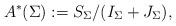
LaTeX: \begin{align*}A^*(\Sigma):=S_\Sigma/(I_\Sigma+J_\Sigma),\end{align*}